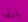
بارنى